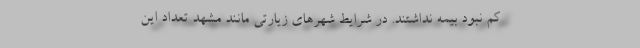
کم نبود بیمه نداشتند. در شرایط شهرهای زیارتی مانند مشهد تعداد این